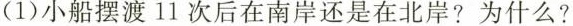
(1)小船摆渡11次后在南岸还是在北岸?为什么?